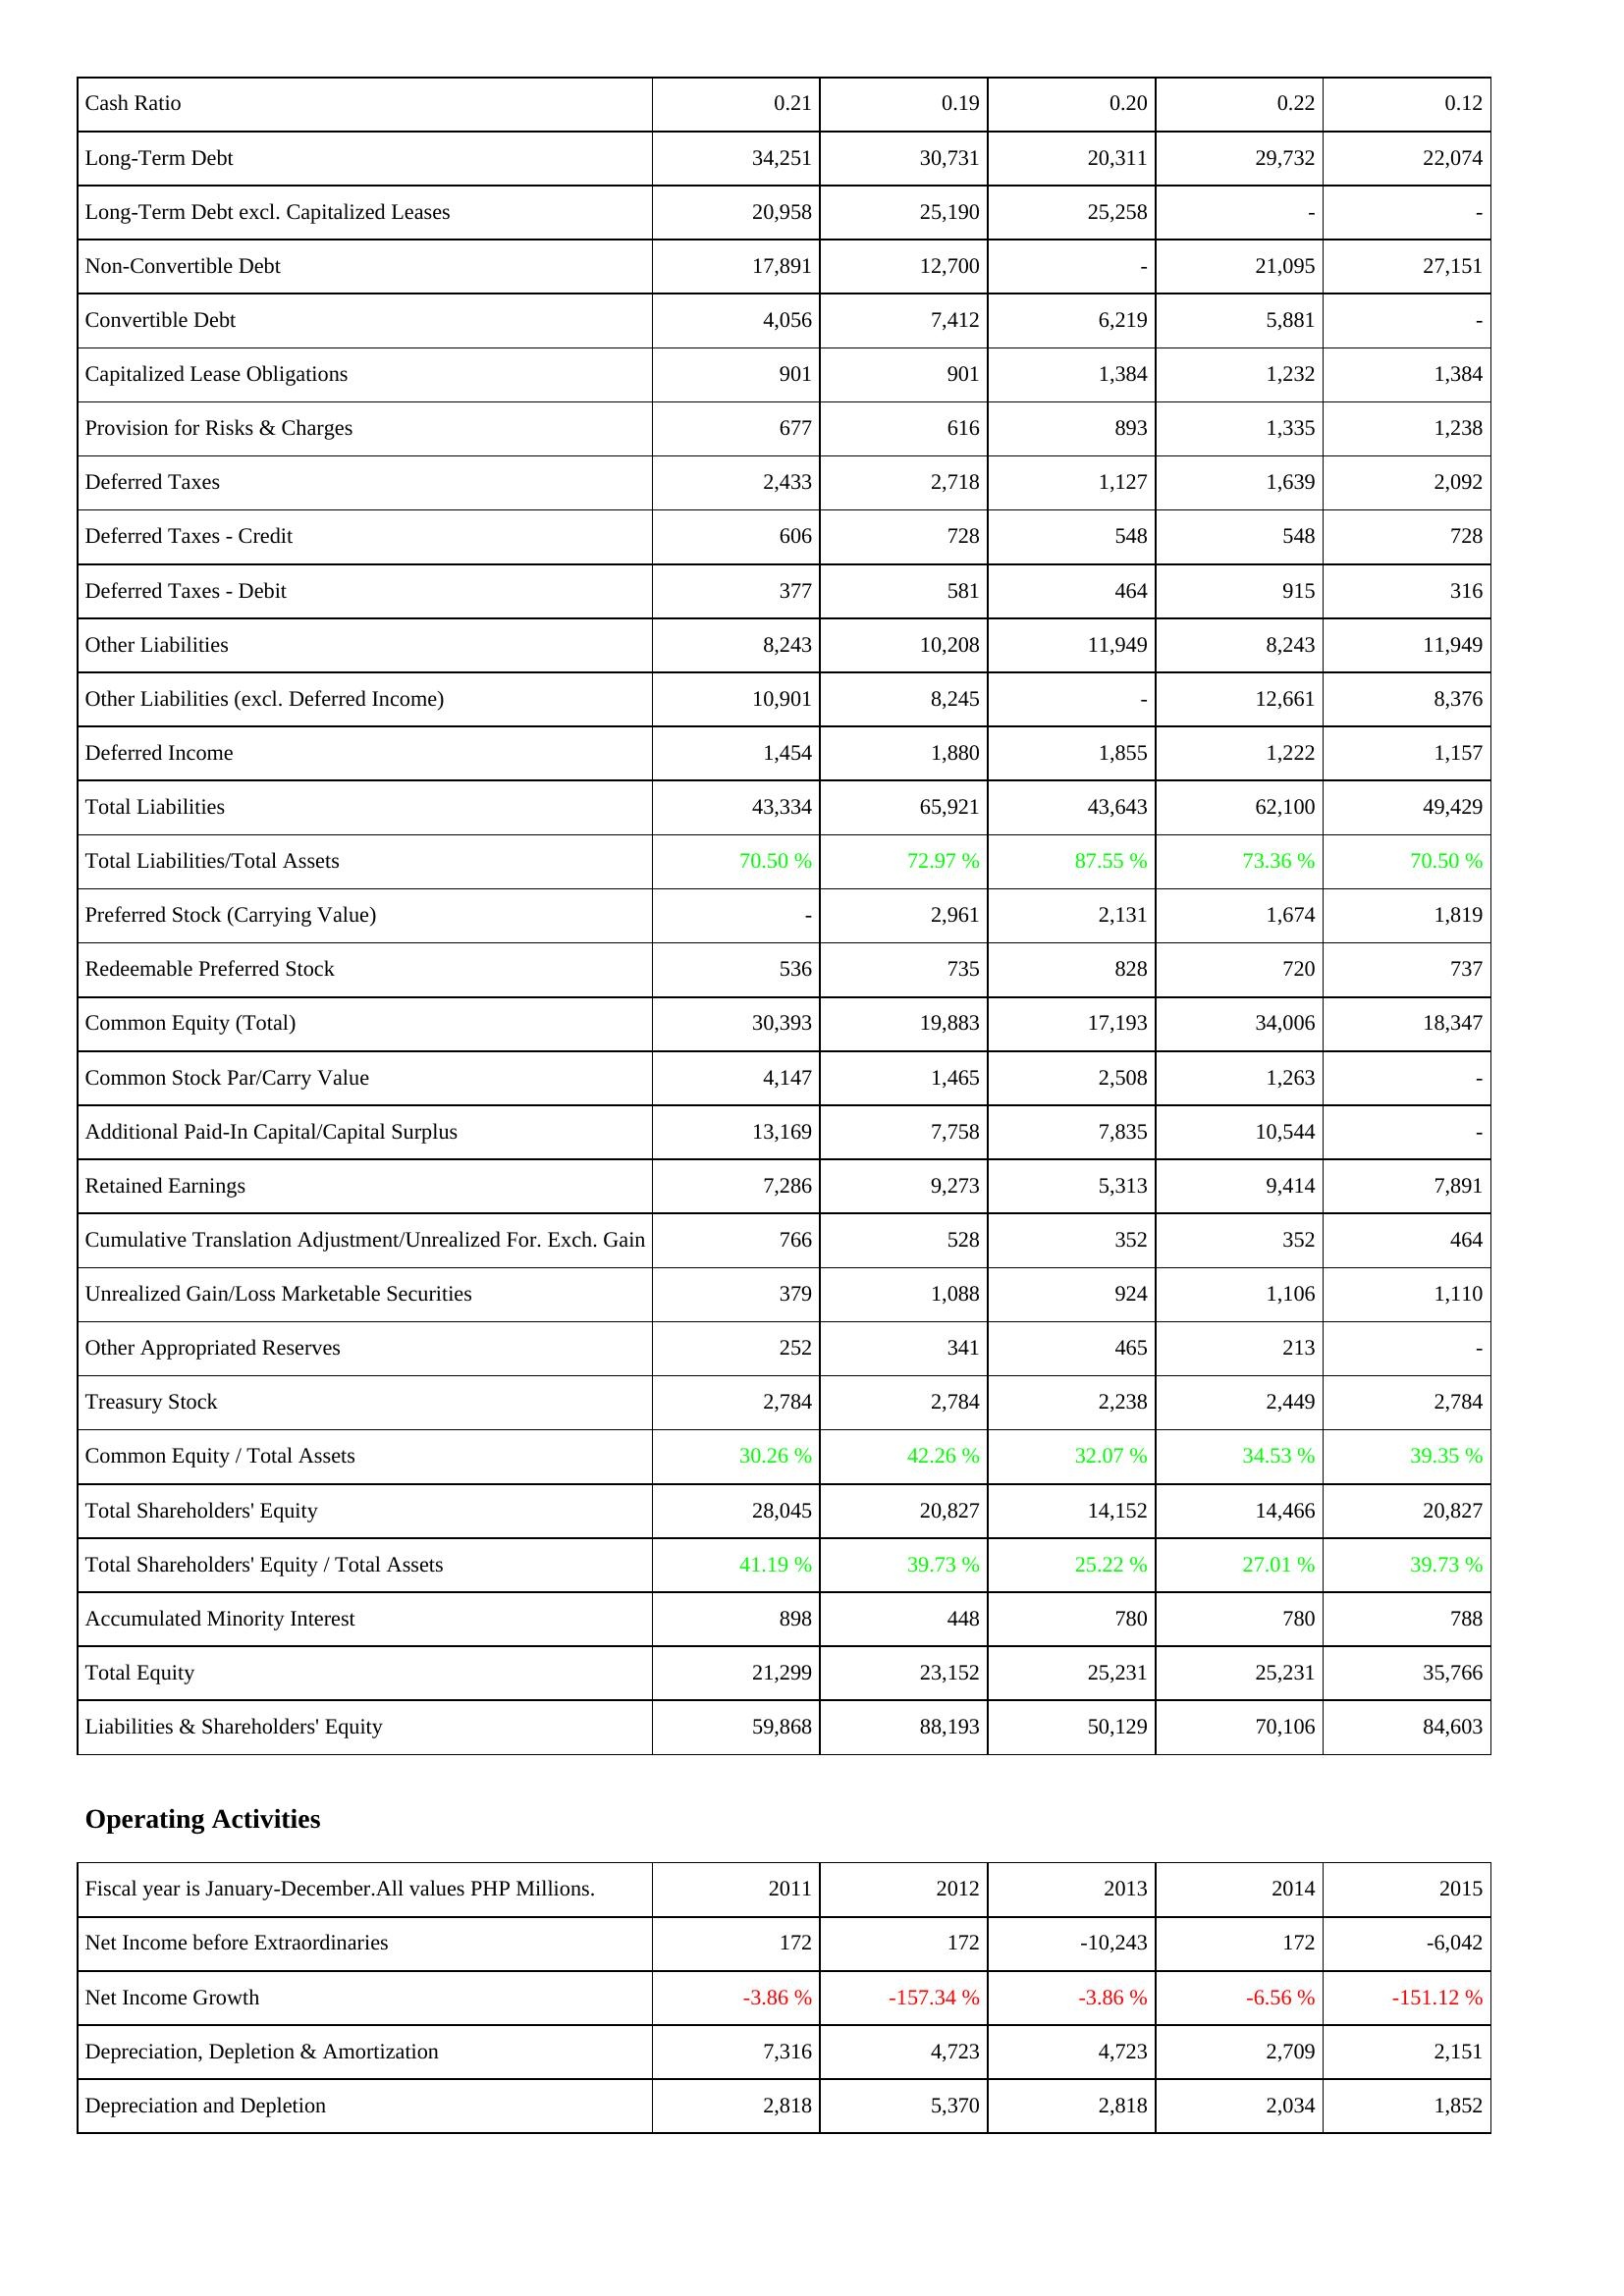
2011: Liabilities & Shareholders' Equity: Cash Ratio: 0.21
Long-Term Debt: 34,251
Long-Term Debt excl. Capitalized Leases: 20,958
Non-Convertible Debt: 17,891
Convertible Debt: 4,056
Capitalized Lease Obligations: 901
Provision for Risks & Charges: 677
Deferred Taxes: 2,433
Deferred Taxes - Credit: 606
Deferred Taxes - Debit: 377
Other Liabilities: 8,243
Other Liabilities (excl. Deferred Income): 10,901
Deferred Income: 1,454
Total Liabilities: 43,334
Total Liabilities/Total Assets: 70.50 %
Preferred Stock (Carrying Value): -
Redeemable Preferred Stock: 536
Common Equity (Total): 30,393
Common Stock Par/Carry Value: 4,147
Additional Paid-In Capital/Capital Surplus: 13,169
Retained Earnings: 7,286
Cumulative Translation Adjustment/Unrealized For. Exch. Gain: 766
Unrealized Gain/Loss Marketable Securities: 379
Other Appropriated Reserves: 252
Treasury Stock: 2,784
Common Equity / Total Assets: 30.26 %
Total Shareholders' Equity: 28,045
Total Shareholders' Equity / Total Assets: 41.19 %
Accumulated Minority Interest: 898
Total Equity: 21,299
Liabilities & Shareholders' Equity: 59,868
Operating Activities: Net Income before Extraordinaries: 172
Net Income Growth: -3.86 %
Depreciation, Depletion & Amortization: 7,316
Depreciation and Depletion: 2,818
2012: Liabilities & Shareholders' Equity: Cash Ratio: 0.19
Long-Term Debt: 30,731
Long-Term Debt excl. Capitalized Leases: 25,190
Non-Convertible Debt: 12,700
Convertible Debt: 7,412
Capitalized Lease Obligations: 901
Provision for Risks & Charges: 616
Deferred Taxes: 2,718
Deferred Taxes - Credit: 728
Deferred Taxes - Debit: 581
Other Liabilities: 10,208
Other Liabilities (excl. Deferred Income): 8,245
Deferred Income: 1,880
Total Liabilities: 65,921
Total Liabilities/Total Assets: 72.97 %
Preferred Stock (Carrying Value): 2,961
Redeemable Preferred Stock: 735
Common Equity (Total): 19,883
Common Stock Par/Carry Value: 1,465
Additional Paid-In Capital/Capital Surplus: 7,758
Retained Earnings: 9,273
Cumulative Translation Adjustment/Unrealized For. Exch. Gain: 528
Unrealized Gain/Loss Marketable Securities: 1,088
Other Appropriated Reserves: 341
Treasury Stock: 2,784
Common Equity / Total Assets: 42.26 %
Total Shareholders' Equity: 20,827
Total Shareholders' Equity / Total Assets: 39.73 %
Accumulated Minority Interest: 448
Total Equity: 23,152
Liabilities & Shareholders' Equity: 88,193
Operating Activities: Net Income before Extraordinaries: 172
Net Income Growth: -157.34 %
Depreciation, Depletion & Amortization: 4,723
Depreciation and Depletion: 5,370
2013: Liabilities & Shareholders' Equity: Cash Ratio: 0.20
Long-Term Debt: 20,311
Long-Term Debt excl. Capitalized Leases: 25,258
Non-Convertible Debt: -
Convertible Debt: 6,219
Capitalized Lease Obligations: 1,384
Provision for Risks & Charges: 893
Deferred Taxes: 1,127
Deferred Taxes - Credit: 548
Deferred Taxes - Debit: 464
Other Liabilities: 11,949
Other Liabilities (excl. Deferred Income): -
Deferred Income: 1,855
Total Liabilities: 43,643
Total Liabilities/Total Assets: 87.55 %
Preferred Stock (Carrying Value): 2,131
Redeemable Preferred Stock: 828
Common Equity (Total): 17,193
Common Stock Par/Carry Value: 2,508
Additional Paid-In Capital/Capital Surplus: 7,835
Retained Earnings: 5,313
Cumulative Translation Adjustment/Unrealized For. Exch. Gain: 352
Unrealized Gain/Loss Marketable Securities: 924
Other Appropriated Reserves: 465
Treasury Stock: 2,238
Common Equity / Total Assets: 32.07 %
Total Shareholders' Equity: 14,152
Total Shareholders' Equity / Total Assets: 25.22 %
Accumulated Minority Interest: 780
Total Equity: 25,231
Liabilities & Shareholders' Equity: 50,129
Operating Activities: Net Income before Extraordinaries: -10,243
Net Income Growth: -3.86 %
Depreciation, Depletion & Amortization: 4,723
Depreciation and Depletion: 2,818
2014: Liabilities & Shareholders' Equity: Cash Ratio: 0.22
Long-Term Debt: 29,732
Long-Term Debt excl. Capitalized Leases: -
Non-Convertible Debt: 21,095
Convertible Debt: 5,881
Capitalized Lease Obligations: 1,232
Provision for Risks & Charges: 1,335
Deferred Taxes: 1,639
Deferred Taxes - Credit: 548
Deferred Taxes - Debit: 915
Other Liabilities: 8,243
Other Liabilities (excl. Deferred Income): 12,661
Deferred Income: 1,222
Total Liabilities: 62,100
Total Liabilities/Total Assets: 73.36 %
Preferred Stock (Carrying Value): 1,674
Redeemable Preferred Stock: 720
Common Equity (Total): 34,006
Common Stock Par/Carry Value: 1,263
Additional Paid-In Capital/Capital Surplus: 10,544
Retained Earnings: 9,414
Cumulative Translation Adjustment/Unrealized For. Exch. Gain: 352
Unrealized Gain/Loss Marketable Securities: 1,106
Other Appropriated Reserves: 213
Treasury Stock: 2,449
Common Equity / Total Assets: 34.53 %
Total Shareholders' Equity: 14,466
Total Shareholders' Equity / Total Assets: 27.01 %
Accumulated Minority Interest: 780
Total Equity: 25,231
Liabilities & Shareholders' Equity: 70,106
Operating Activities: Net Income before Extraordinaries: 172
Net Income Growth: -6.56 %
Depreciation, Depletion & Amortization: 2,709
Depreciation and Depletion: 2,034
2015: Liabilities & Shareholders' Equity: Cash Ratio: 0.12
Long-Term Debt: 22,074
Long-Term Debt excl. Capitalized Leases: -
Non-Convertible Debt: 27,151
Convertible Debt: -
Capitalized Lease Obligations: 1,384
Provision for Risks & Charges: 1,238
Deferred Taxes: 2,092
Deferred Taxes - Credit: 728
Deferred Taxes - Debit: 316
Other Liabilities: 11,949
Other Liabilities (excl. Deferred Income): 8,376
Deferred Income: 1,157
Total Liabilities: 49,429
Total Liabilities/Total Assets: 70.50 %
Preferred Stock (Carrying Value): 1,819
Redeemable Preferred Stock: 737
Common Equity (Total): 18,347
Common Stock Par/Carry Value: -
Additional Paid-In Capital/Capital Surplus: -
Retained Earnings: 7,891
Cumulative Translation Adjustment/Unrealized For. Exch. Gain: 464
Unrealized Gain/Loss Marketable Securities: 1,110
Other Appropriated Reserves: -
Treasury Stock: 2,784
Common Equity / Total Assets: 39.35 %
Total Shareholders' Equity: 20,827
Total Shareholders' Equity / Total Assets: 39.73 %
Accumulated Minority Interest: 788
Total Equity: 35,766
Liabilities & Shareholders' Equity: 84,603
Operating Activities: Net Income before Extraordinaries: -6,042
Net Income Growth: -151.12 %
Depreciation, Depletion & Amortization: 2,151
Depreciation and Depletion: 1,852